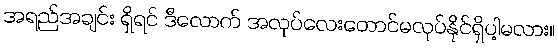
အရည်အချင်း ရှိရင် ဒီလောက် အလုပ်လေးတောင်မလုပ်နိုင်ရှိပါ့မလား။